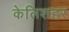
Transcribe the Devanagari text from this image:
केलिशहर